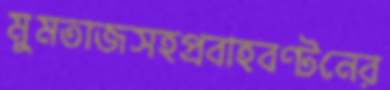
মুমতাজসহপ্রবাহবণ্টনের